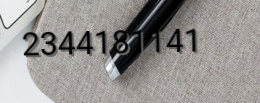
2344181141